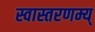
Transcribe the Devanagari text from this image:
स्वास्तरणम्य्